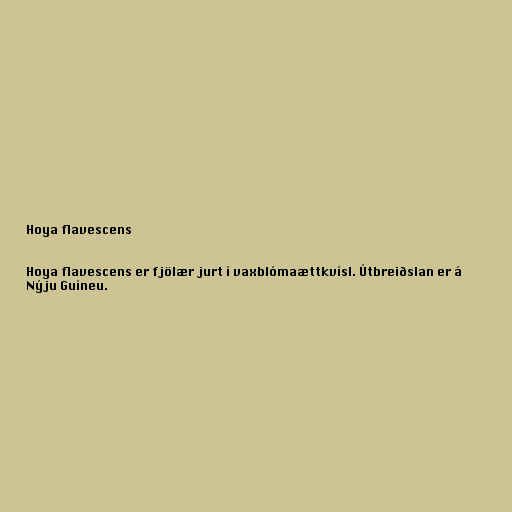
Hoya flavescens

Hoya flavescens er fjölær jurt í vaxblómaættkvísl. Útbreiðslan er á
Nýju Guíneu.